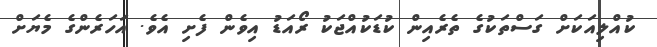
ކުއްލިއަކަށް ގަސްތަކުގެ ތެރެއިން ކުޑަކުއްޖަކު ރޯއަޑު އިވެން ފެށި އެވެ. އަހަރެންގެ މެޔަށް